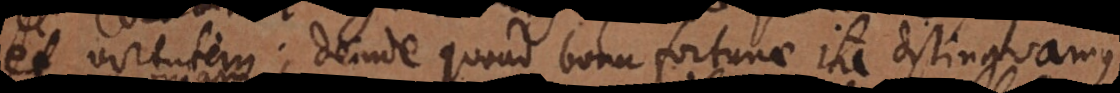
et virtutem; deinde quoad bona fortunae ita distinguamu